Medical and sanitary report of the native army of Bengal for the year
Year: 1876
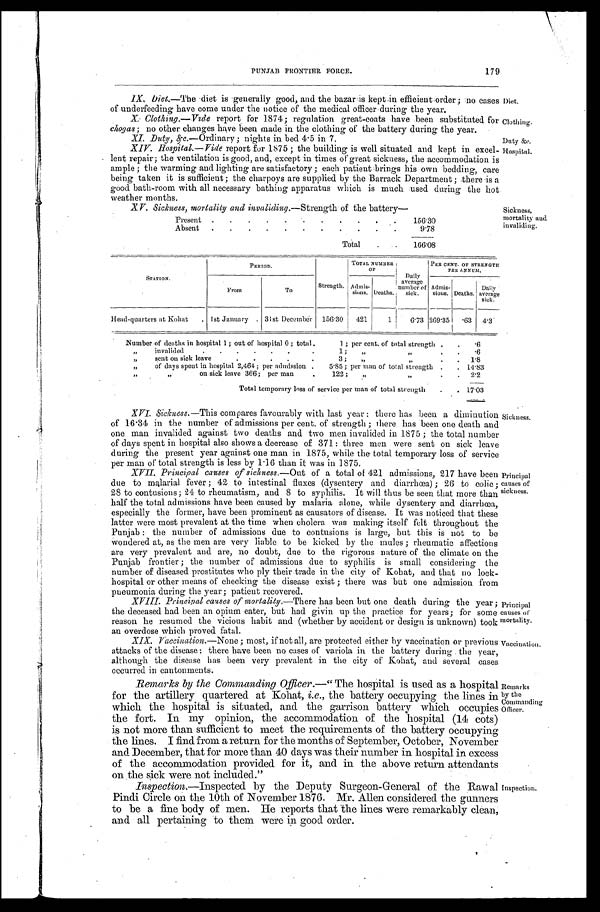
179
PUNJAB FRONTIER FORCE.
IX. Diet.—The diet is generally good, and the bazar is kept-in efficient order; no cases
of underfeeding have come under the notice of the medical officer during the year.
Diet.
X. Clothing.—Vide report for 1874; regulation great-coats have been substituted for
chogas; no other changes have been made in the clothing of the battery during the year.
Clothing.
XI.
Duty, &c.—Ordinary; nights in bed 4.5 in 7.
Duty &c.
XIV. Hospital.—Vide report for 1875; the building is well situated and kept in excel-
lent repair; the ventilation is good, and, except in times or great sickness, the accommodation is
ample; the warming and lighting are satisfactory; each patient brings his own bedding, care
being taken it is sufficient; the charpoys are supplied by the Barrack Department; there is a
good bath-room with all necessary bathing apparatus which is much used during the hot
weather months.
Hospital.
XV. Sickness, mortality and invaliding.—Strength of the battery—
Present
156.30
Absent
9 . 7 8
Total
1 6 6 . 0 8
STATION.
PERIOD.
Strength.
TOTAL NUMBER
OF
Daily
average
number of
sick.
PER CENT. OF STRENGTH
PER ANNUM
.
From
To
-
Admis- sions. Deaths.
Admi sinns. Deaths. Daily
average sick.
Head-quarters at Kohat
1st January 31st December 156.30 421
1 6 . 7 3 269.35
. 6 3 4.3
Number of deaths in hospital 1; out of hospital 0; total.
1; per cent. of total strength
.6
„ invalided
1; „ „
.6
„ sent on sick leave
3; ,,
„
1 . 8
„ of days spent in hospital 2,464; per admission
5.85; per man of total strength 14.83
„ „ on sick leave 366; per man
122; „
„
2 . 2
Total temporary loss of service per man of total strength
1 7 . 0 3
XVI.Sickness. —This compares favourably with last year: there has been a diminution
of 16.34 in the number of admissions per cent. of strength; there has been one death and
one man invalided against two deaths and two men invalided in 1875; the total number
of days spent in hospital also shows a decrease of 371: three men were sent on sick leave
during the present year against one man in 1875, while the total temporary loss of service
per man of total strength is less by 1.16 than it was in 1875.
Sickness.
XVII. Principal causes of sickness. —Out of a total of 421 admissions, 217 have been
due to malarial fever; 42 to intestinal fluxes (dysentery and diarrhœa); 26 to colic;
28 to contusions; 24 to rheumatism, and 8 to syphilis. It will thus be seen that more than
half the total admissions have been caused by malaria alone, while dysentery and diarrhœa,
especially the former, have been prominent as causators of disease. It was noticed that these
latter were most prevalent at the time when cholera was making itself felt throughout the
Punjab: the number of admissions due to contusions is large, but this is not to be
wondered at, as the men are very liable to be kicked by the mules ; rheumatic affections
are very prevalent and are, no doubt, clue to the rigorous nature of the climate on the
Punjab frontier; the number of admissions due to syphilis is small considering the
number of diseased prostitutes who ply their trade in the city of Kohat, and that no lock-
hospital or other means of checking the disease exist; there was but one admission from
pneumonia during the year; patient recovered.
Principal causes of
sickness
.
XVIII. Principal causes of mortality.—There has been but one death during the year;
the deceased had been an opium eater, but had givin up the practice for years; for some
reason he resumed the vicious habit and (whether by accident or design is unknown) took
an overdose which proved fatal.
Principal causes of morality.
XIX.Vaccination.—None; most, if not all, are protected either by vaccination or previous
attacks of the disease: there have been no cases of variola in the battery during the year,
although the disease has been very prevalent in the city of Kohat, and several cases
occurred in cantonments.
Vaccination.
Remarks by the Comanding Officer.—" The hospital is used as a hospital
for the artillery quartered at Kohat, i.e., the battery occupying the lines in
which the hospital is situated, and the garrison battery which occupies
the fort. In. my opinion, the accommodation of the hospital (14 cots)
is not more than sufficient to meet the requirements of the battery occupying
the lines. I find from a return for the months of September, October, November
and December, that for more than 40 days was their number in hospital in excess
of the accommodation provided for it, and in the above return attendants
on the sick were not included."
Remarks
by
the Commanding Officer.
Inspection.—Inspected by the Deputy Surgeon-General of the Rawal
Pindi Circle on the 10th of November 1876. Mr. Allen considered the gunners
to be a fine body of men. He reports that the lines were remarkably clean,
and all pertaining to them were in good order.
I n s p e c t i o n .
Sickness,
mortality and
invaliding.